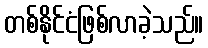
တစ်နိုင်ငံဖြစ်လာခဲ့သည်။